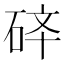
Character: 𱳽